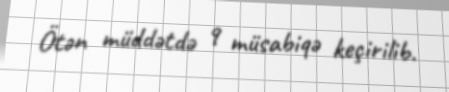
Ötən müddətdə 9 müsabiqə keçirilib.